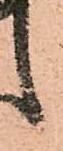
候